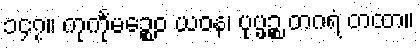
၁၄၇။ ကုင်္ကုမဉ္စေဝ ယဝန၊ ပုပ္ဖဉ္စ တဂရံ တထာ။